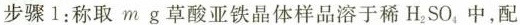
步骤 1：称取 m g 草酸亚铁晶体样品溶于稀$$H _ { 2 }SO _ { 4 }$$中，配